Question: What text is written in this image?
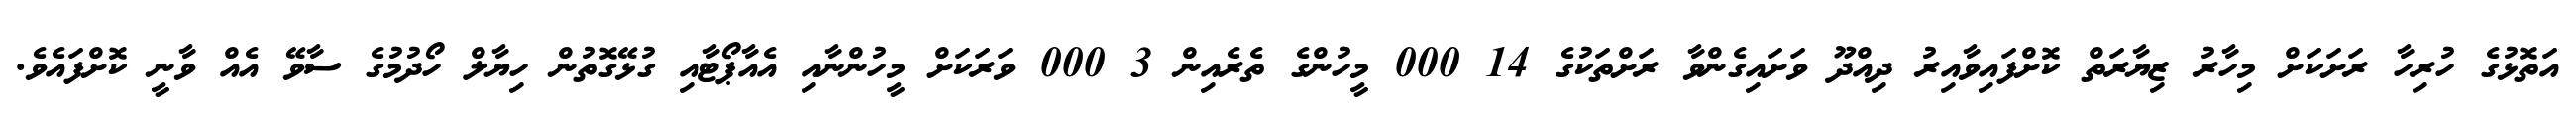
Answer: އަތޮޅުގެ ހުރިހާ ރަށަކަށް މިހާރު ޒިޔާރަތް ކޮށްފައިވާއިރު ދިއްދޫ ވަށައިގެންވާ ރަށްތަކުގެ 14 000 މީހުންގެ ތެރެއިން 3 000 ވަރަކަށް މީހުންނާއި އެއާޕޯޓާއި ގުޅޭގޮތުން ހިޔާލް ހޯދުމުގެ ސާވޭ އެއް ވާނީ ކޮށްފައެވެ.